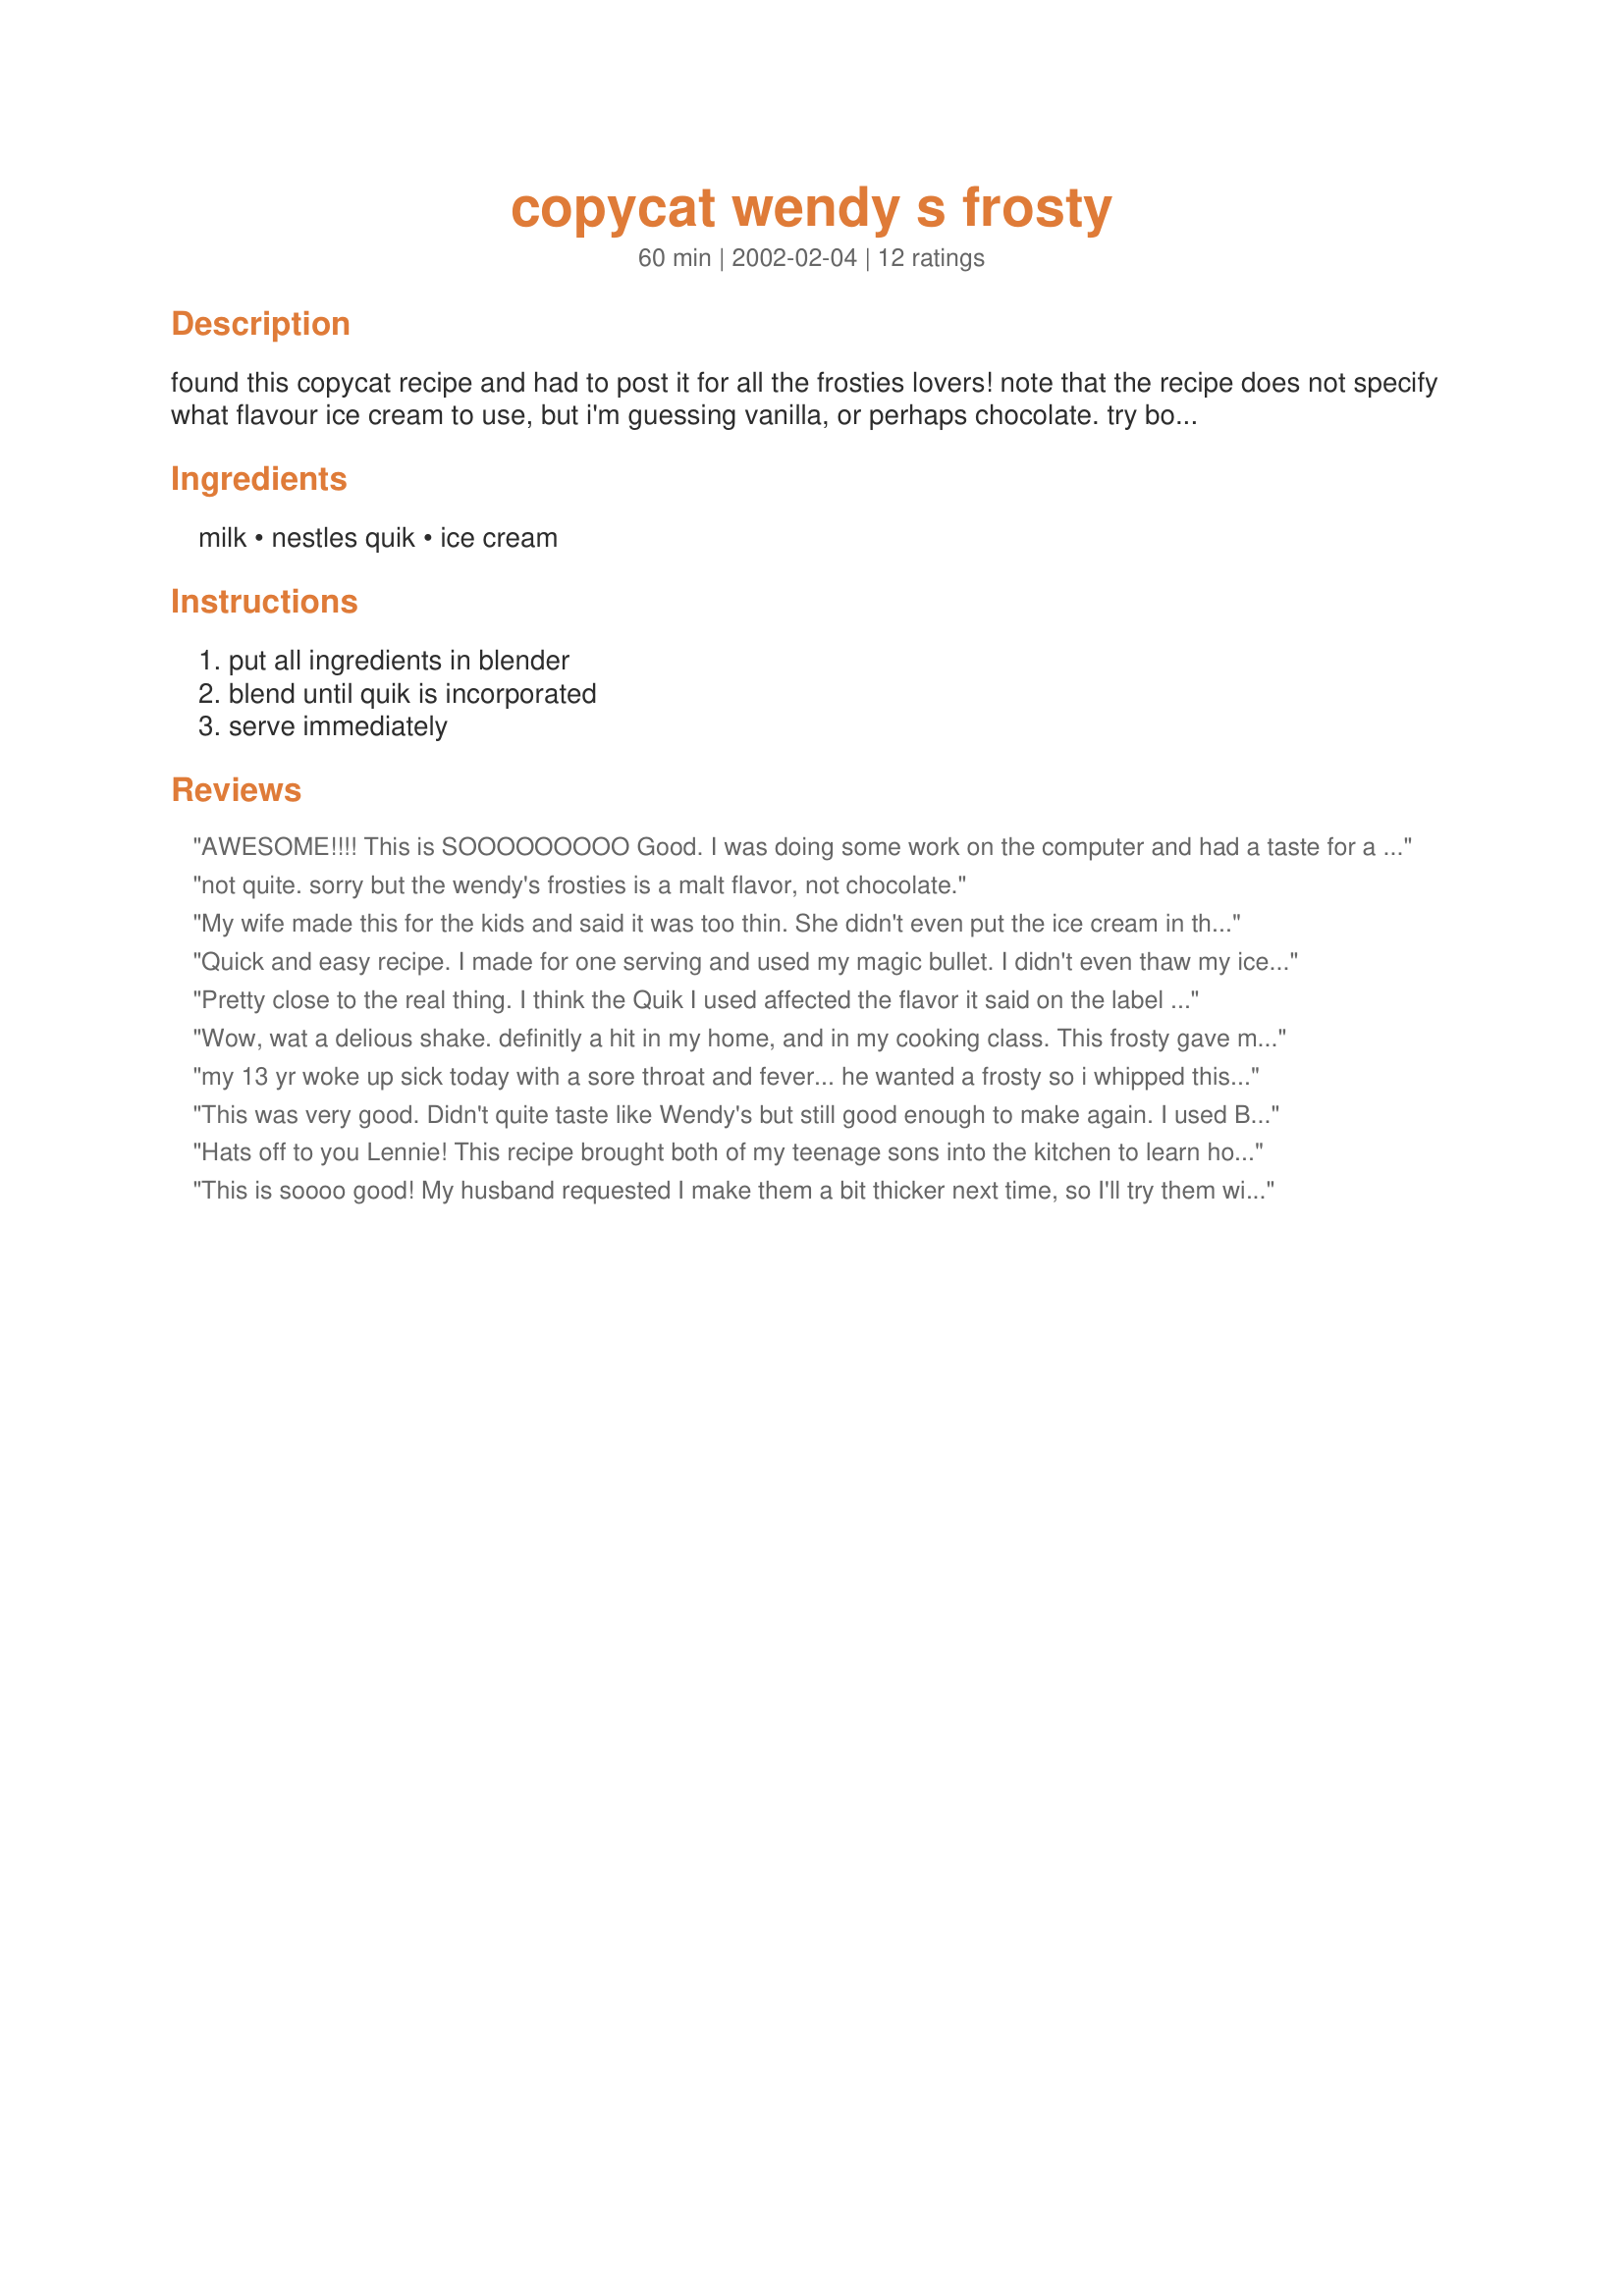
copycat wendy s frosty
Preparation time: 60 minutes

found this copycat recipe and had to post it for all the frosties lovers! note that the recipe does not specify what flavour ice cream to use, but i'm guessing vanilla, or perhaps chocolate. try both! prep time includes softening time of ice cream.

Ingredients:
milk, nestles quik, ice cream

Steps:
put all ingredients in blender, blend until quik is incorporated, serve immediately

Reviews:
AWESOME!!!! This is SOOOOOOOOO Good. I was doing some work on the computer and had a taste for a thick chocolate shake and I remembered this recipe. I used the sugar free Nestle Quick powder but full fleged Vanilla Breyers Ice Cream and Fat-Free milk...then everyone in the house wanted to taste it and I found myself making 3 blender fulls. Needless to say this is a BIG Hit in this house and will remain a part of our easy dessert recipes. Taste a lot like Wendy's Frosty but I added a little more milk for a thinner shake. Thanks a WHOLE LOT!!!
not quite. sorry but the wendy's frosties is a malt flavor, not chocolate.
My wife made this for the kids and said it was too thin. She didn't even put the ice cream in the fridge. She said it was good though.
Quick and easy recipe. I made for one serving and used my magic bullet. I didn't even thaw my ice cream. It worked great! I did add a few ice cubes to make mine more slushy though. I used the Breyers low fat vanilla too. Thanks for the recipe.
Pretty close to the real thing. I think the Quik I used affected the flavor it said on the label it was New Nuevo Quik. Didn't realize there were two kinds of Quik. Will have to pay more attention next time I buy it. Made it with vanilla ice cream next time I will try chocolate. Some thought it wasn't thick enough and ask that I add more ice cream next time. 

Thanks Lennie.

Bullwinkle.












Wow, wat a delious shake. definitly a hit in my home, and in my cooking class. This frosty gave me a A+.
my 13 yr woke up sick today with a sore throat and fever... he wanted a frosty so i whipped this up for him.... he says it is just as good as wendys!great coppycat recipe!
This was very good. Didn't quite taste like Wendy's but still good enough to make again. I used Bluebell homemade vanilla icecream. Kids and husband loved it. Thanks for posting.
Hats off to you Lennie! This recipe brought both of my teenage sons into the kitchen to learn how to make these ;) These are great and very, very easy. We combined Vanilla Bean ice cream and 2% milk for our version. Wonder what they'd taste like with vanilla ice cream and Strawberry Quik? Thanks!!
This is soooo good! My husband requested I make them a bit thicker next time, so I'll try them with 1/2 cup milk next time. Thank you so much for a delicious and simple dessert recipe!
I scream You scream We all scream for ICE CREAM!! A tried and true recipe. Mmmmm....good!!
This is going to save on those late night trips to the local Wendy's .
